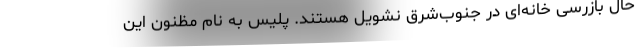
حال بازرسی خانه‌ای در جنوب‌شرق نشویل هستند. پلیس به نام مظنون این